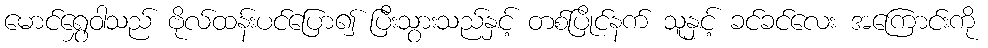
မောင်ရွှေဝါသည် ဗိုလ်ထန်းပင်ပြော၍ ပြီးသွားသည်နှင့် တစ်ပြိုင်နက် သူနှင့် ခင်ခင်လေး အကြောင်းကို